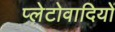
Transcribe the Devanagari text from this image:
प्लेटोवादियों